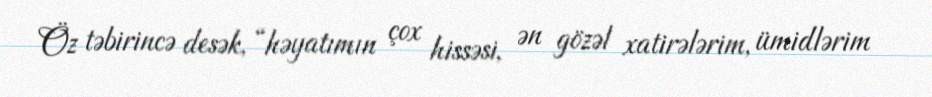
Öz təbirincə desək, “həyatımın çox hissəsi, ən gözəl xatirələrim, ümidlərim